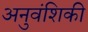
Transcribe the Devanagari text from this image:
अनुवंशिकी